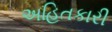
અહિતકારી